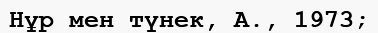
Нұр мен түнек, А., 1973;